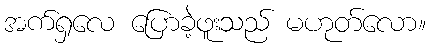
အက်ရှလေ ပြောခဲ့ဖူးသည် မဟုတ်လော။